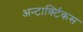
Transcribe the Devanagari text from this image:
अन्टार्क्टिकस